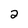
Character: 2